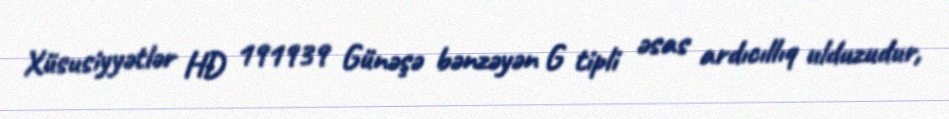
Xüsusiyyətlər HD 191939 Günəşə bənzəyən G tipli əsas ardıcıllıq ulduzudur,